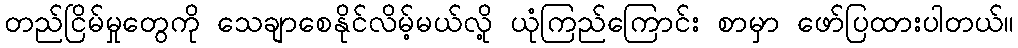
တည်ငြိမ်မှုတွေကို သေချာစေနိုင်လိမ့်မယ်လို့ ယုံကြည်ကြောင်း စာမှာ ဖော်ပြထားပါတယ်။